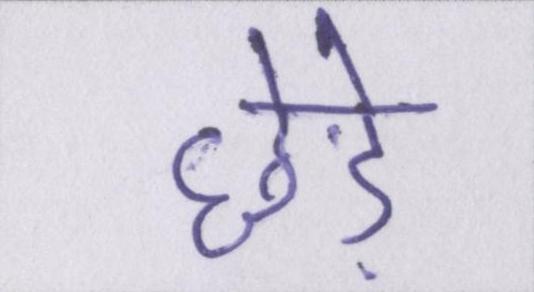
छेड़े